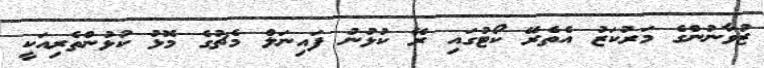
ޒުވާނުންގެ މަރުކަޒު އެތެރޭ ކޯޓުގައި ރޭ ކުޅުނު ފައިނަލް މެޗުގެ މޮޅު ކުޅުންތެރިއަކީ